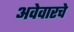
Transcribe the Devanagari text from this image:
अवेवारचे